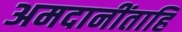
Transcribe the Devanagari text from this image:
अमदानींताहि